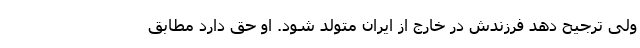
ولی ترجیح دهد فرزندش در خارج از ایران متولد شود. او حق دارد مطابق